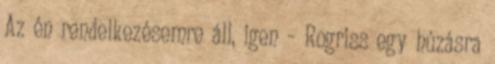
Az én rendelkezésemre áll, igen – Rogriss egy húzásra